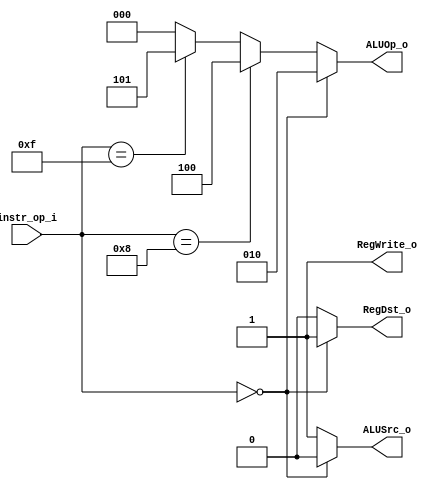
module Decoder( instr_op_i, RegWrite_o,	ALUOp_o, ALUSrc_o, RegDst_o );
     
//I/O ports
input	[6-1:0] instr_op_i;

output			RegWrite_o;
output	[3-1:0] ALUOp_o;
output			ALUSrc_o;
output			RegDst_o;
 
//Internal Signals
wire	[3-1:0] ALUOp_o;
wire			ALUSrc_o;
wire			RegWrite_o;
wire			RegDst_o;

//Main function
/*your code here*/

assign RegWrite_o = 1;
assign RegDst_o = (instr_op_i == 0)? 1 : 0;
assign ALUSrc_o = (instr_op_i == 0)? 0 : 1;
assign ALUOp_o = (instr_op_i == 6'd0)? 3'd2:
				 (instr_op_i == 6'd8)? 3'd4:
				 (instr_op_i == 6'd15)? 3'd5:0;

endmodule